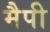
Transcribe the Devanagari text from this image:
मैपी